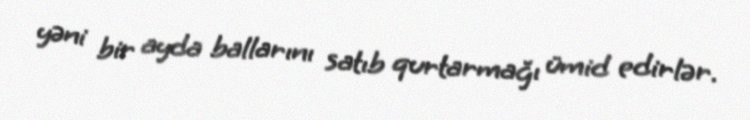
yəni bir ayda ballarını satıb qurtarmağı ümid edirlər.